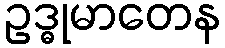
ဥဒ္ဓုမာတေန